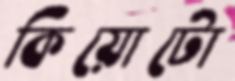
কিয়োটো